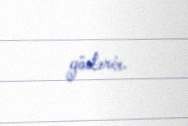
göstərir.